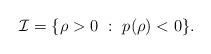
LaTeX: \begin{align*}\mathcal{I} = \{ \rho > 0 ~:~ p(\rho) < 0 \}.\end{align*}